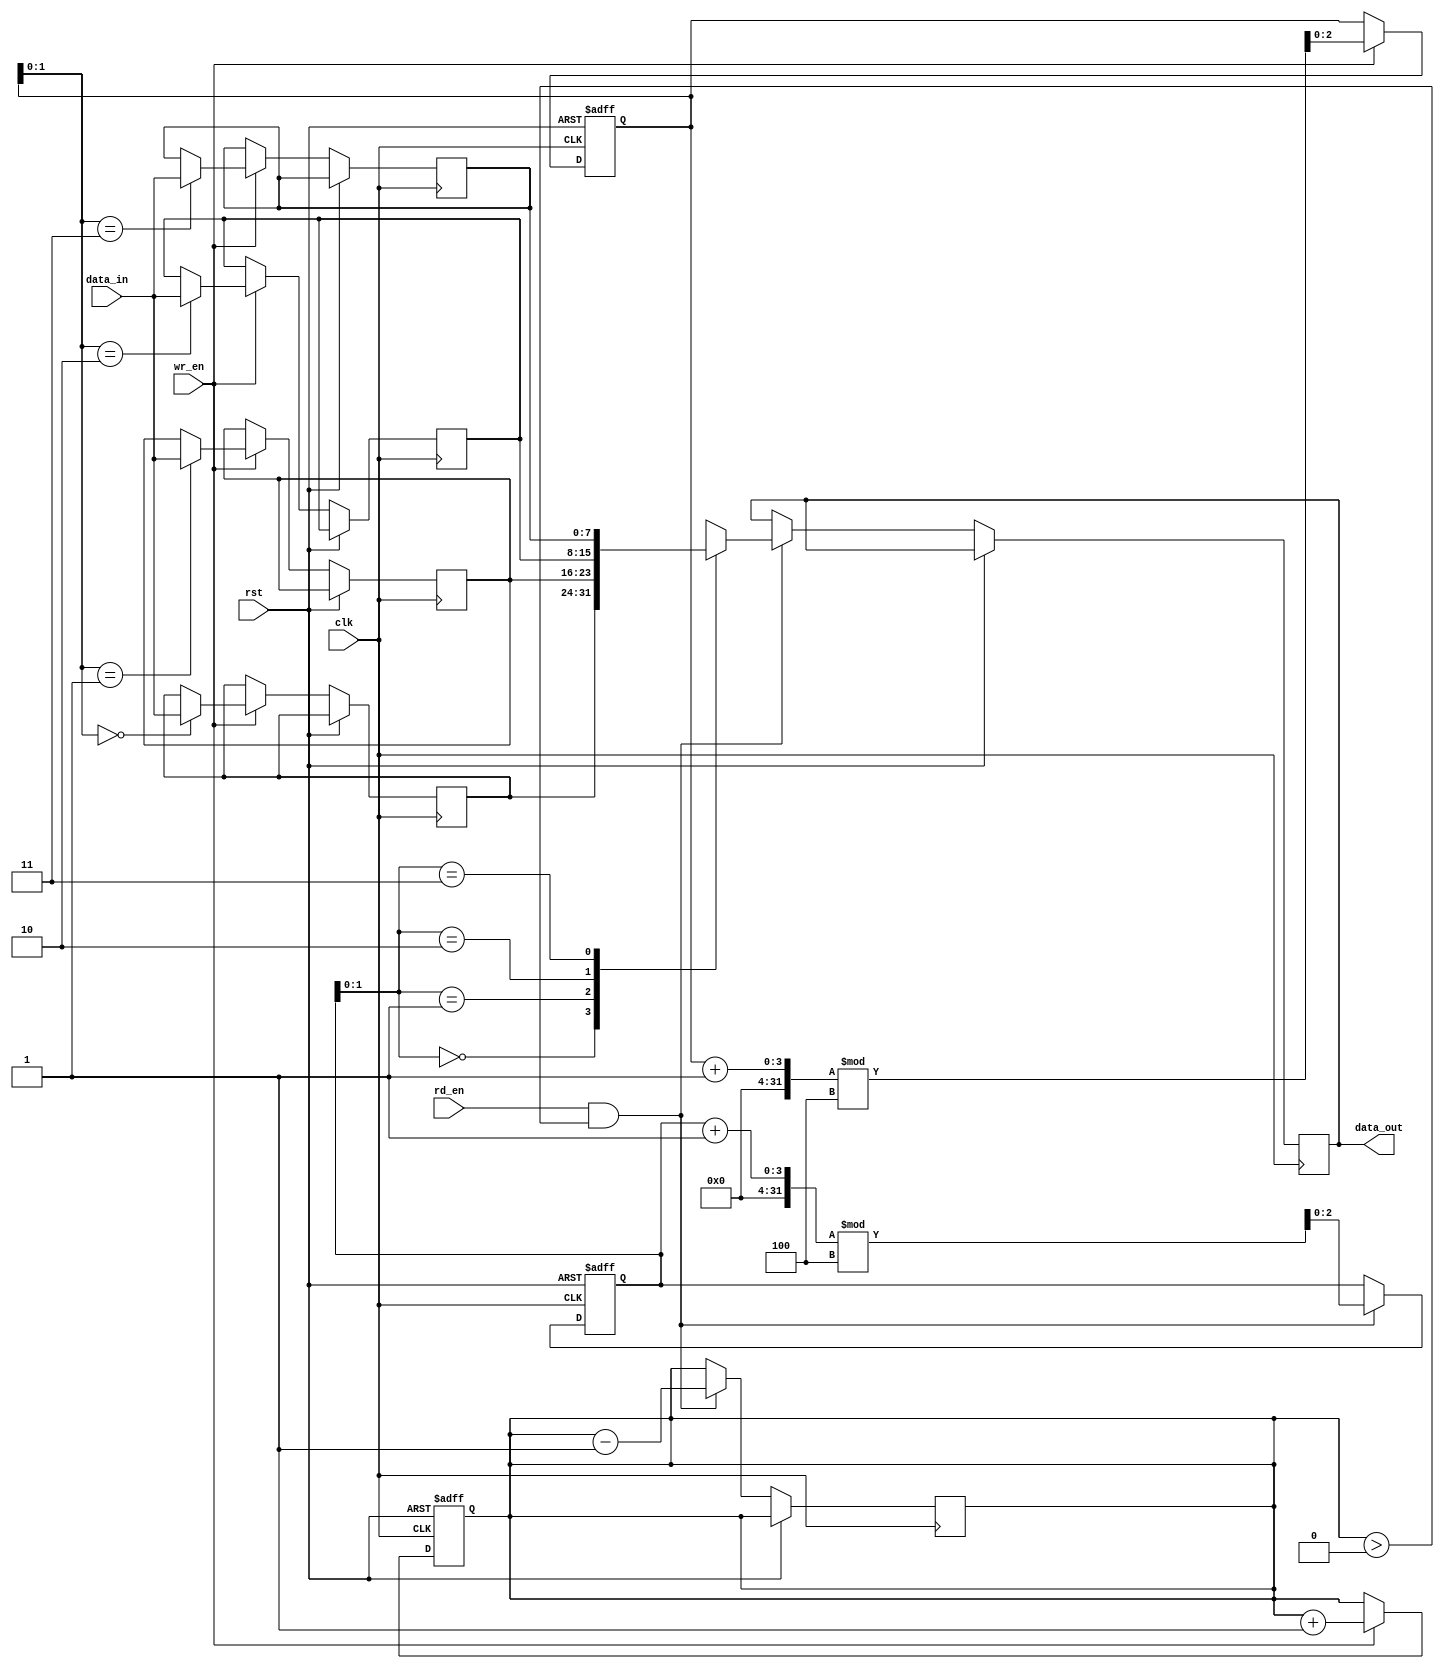
module fifo(
  input wire clk,        // Clock signal
  input wire rst,        // Reset signal
  input wire wr_en,      // Write enable signal
  input wire rd_en,      // Read enable signal
  input wire [7:0] data_in,  // Data input (8 bits)
  output wire [7:0] data_out  // Data output (8 bits)
);

  reg [7:0] memory [0:3];  // 4-word memory
  reg [2:0] wr_ptr;        // Write pointer (3 bits)
  reg [2:0] rd_ptr;        // Read pointer (3 bits)
  reg [2:0] count;         // Count of data in the FIFO (3 bits)

  // Write logic
  always @(posedge clk or posedge rst) begin
    if (rst) begin
      wr_ptr <= 3'b000;   // Reset write pointer
      count <= 3'b000;    // Reset count
    end else if (wr_en) begin
      memory[wr_ptr] <= data_in;  // Write data to memory
      wr_ptr <= (wr_ptr + 1) % 4;  // Increment write pointer
      count <= count + 1;         // Increment count
    end
  end

  // Read logic
  always @(posedge clk or posedge rst) begin
    if (rst) begin
      rd_ptr <= 3'b000;   // Reset read pointer
    end else if (rd_en && count > 0) begin
      data_out <= memory[rd_ptr];  // Read data from memory
      rd_ptr <= (rd_ptr + 1) % 4;  // Increment read pointer
      count <= count - 1;          // Decrement count
    end
  end

endmodule